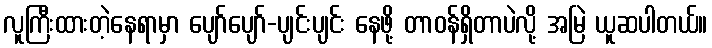
လူကြီးထားတဲ့နေရာမှာ ပျော်ပျော်-ပျင်းပျင်း နေဖို့ တာဝန်ရှိတာပဲလို့ အမြဲ ယူဆပါတယ်။